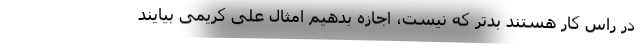
در راس کار هستند بدتر که نیست، اجازه بدهیم امثال علی کریمی بیایند